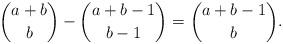
LaTeX: \begin{align*}\binom{a+b}{b}-\binom{a+b-1}{b-1}=\binom{a+b-1}{b}.\end{align*}